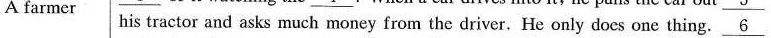
A farmer his tractor and asks much money from the driver. He only does one thing.\underline6